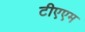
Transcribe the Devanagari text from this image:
टीएएम